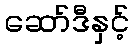
ဆော်ဒီနှင့်